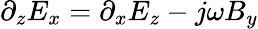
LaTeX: \partial_{z}E_{x}=\partial_{x}E_{z}-j\omega B_{y}